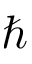
\hbar